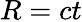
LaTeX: R=ct